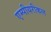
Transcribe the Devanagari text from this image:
एम्पीयरीकल